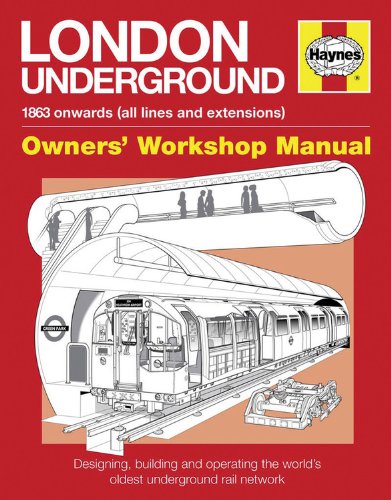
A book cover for London Underground: 1863 onwards (all lines and extensions) Designing, building and operating the world's oldest underground (Owners' Workshop Manual); Paul Moss; Engineering & Transportation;